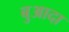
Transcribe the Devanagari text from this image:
बुआदा